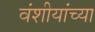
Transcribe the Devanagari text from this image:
वंशीयांच्या